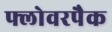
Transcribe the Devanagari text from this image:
फ्लोवरपैक